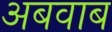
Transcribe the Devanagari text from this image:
अबवाब